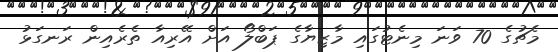
މެޗުގެ 70 ވަނަ މިނެޓުގައި މާޒިޔާގެ ޕަބްލޯ އަށް އޭރިއާ ތެރެއިން ރަނގަޅު